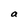
Character: a